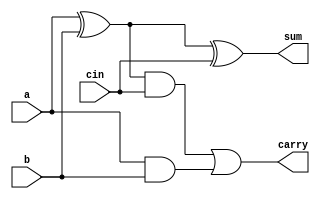
`timescale 1ns / 1ps
//////////////////////////////////////////////////////////////////////////////////
// Company: 
// Engineer: 
// 
// Design Name: 
// Module Name:    full_adder 
// Project Name: 
// Target Devices: 
// Tool versions: 
// Description: 
//
// Dependencies: 
//
// Revision: 
// Revision 0.01 - File Created
// Additional Comments: 
//
//////////////////////////////////////////////////////////////////////////////////
module full_adder( a, b, cin, sum, carry
    );
input a, b, cin;
output sum, carry;
wire w1, w2, w3;
assign w1=a^b;
assign sum=w1^cin;
assign w2= w1 & cin;
assign w3= a & b;
assign carry= w2|w3;
endmodule